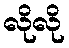
လိုလို